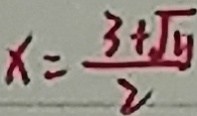
x = \frac { 3 + \sqrt { y } } { 2 }